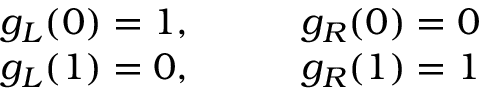
\begin{array} { r l } { g _ { L } ( 0 ) = 1 , \qquad } & { { } g _ { R } ( 0 ) = 0 } \\ { g _ { L } ( 1 ) = 0 , \qquad } & { { } g _ { R } ( 1 ) = 1 } \end{array}